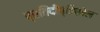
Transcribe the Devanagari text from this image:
प्रतिदीप्तिशील